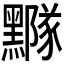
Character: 𪒛